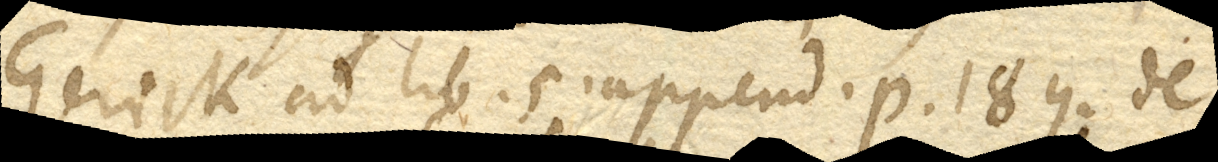
Gerick. ad lib. 5. append. p. 189. De